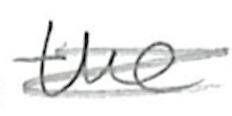
Text: the
Cross-out: scratch
Writing tool: pencil